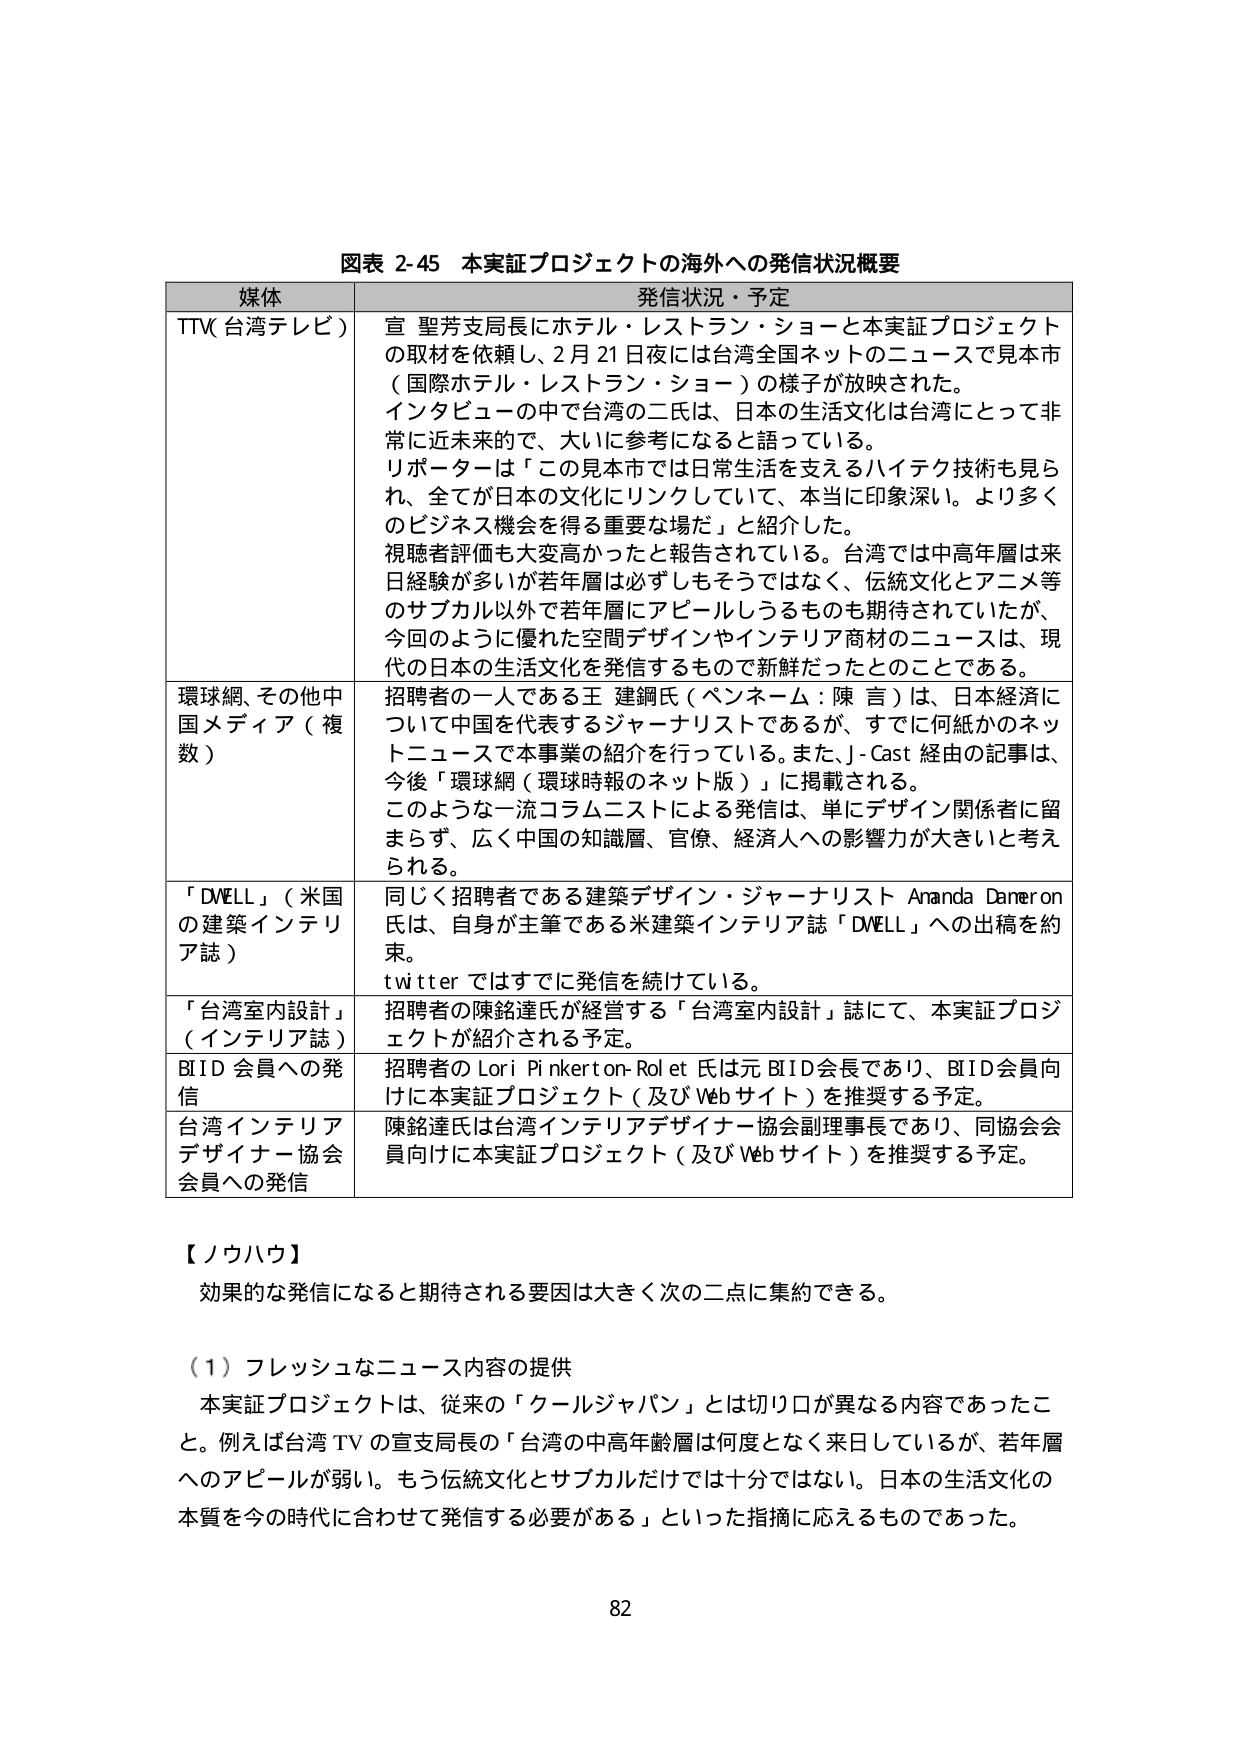
図表 2-45 本実証プロジェクトの海外への発信状況概要

媒体 発信状況・予定

TTV（台湾テレビ） 宣 聖芳支局長にホテル・レストラン・ショーと本実証プロジェクトの取材を依頼し、2月21日夜には台湾全国ネットのニュースで見本市（国際ホテル・レストラン・ショー）の様子が放映された。インタビューの中で台湾の二氏は、日本の生活文化は台湾にとって非常に近未来的で、大いに参考になると語っている。リポーターは「この見本市では日常生活を支えるハイテク技術も見られ、全てが日本の文化にリンクしていて、本当に印象深い。より多くのビジネス機会を得る重要な場だ」と紹介した。視聴者評価も大変高かったと報告されている。台湾では中高年層は来日経験が多いが若年層は必ずしもそうではなく、伝統文化とアニメ等のサブカル以外で若年層にアピールしうるものも期待されていたが、今回のように優れた空間デザインやインテリア商材のニュースは、現代の日本の生活文化を発信するもので新鮮だったとのことである。

環球網、その他中国メディア（複数） 招聘者の一人である王 建鋼氏（ペンネーム：陳 言）は、日本経済について中国を代表するジャーナリストであるが、すでに何紙かのネットニュースで本事業の紹介を行っている。また、J-Cast 経由の記事は、今後「環球網（環球時報のネット版）」に掲載される。このような一流コラムニストによる発信は、単にデザイン関係者に留まらず、広く中国の知識層、官僚、経済人への影響力が大きいと考えられる。

「DWELL」（米国の建築インテリア誌） 同じく招聘者である建築デザイン・ジャーナリスト Ananda Daneron 氏は、自身が主筆である米建築インテリア誌「DWELL」への出稿を約束。twitter ではすでに発信を続けている。

「台湾室内設計」（インテリア誌） 招聘者の陳銘達氏が経営する「台湾室内設計」誌にて、本実証プロジェクトが紹介される予定。

BID 会員への発信 招聘者の Lori Pinkerton-Rol et 氏は元 BID 会長であり、BID 会員向けに本実証プロジェクト（及び Web サイト）を推奨する予定。

台湾インテリアデザイナー協会会員への発信 陳銘達氏は台湾インテリアデザイナー協会副理事長であり、同協会会員向けに本実証プロジェクト（及び Web サイト）を推奨する予定。

【ノウハウ】 効果的な発信になると期待される要因は大きく次の二点に集約できる。

（1）フレッシュなニュース内容の提供 本実証プロジェクトは、従来の「クールジャパン」とは切り口が異なる内容であったこと。例えば台湾 TV の宣支局長の「台湾の中高年齢層は何度となく来日しているが、若年層へのアピールが弱い。もう伝統文化とサブカルだけでは十分ではない。日本の生活文化の本質を今の時代に合わせて発信する必要がある」といった指摘に応えるものであった。

82